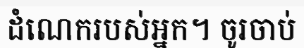
ដំណេករបស់អ្នក។ ចូរចាប់